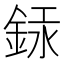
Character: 銾